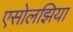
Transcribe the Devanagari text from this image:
एसोलझिया